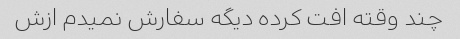
چند وقته افت کرده دیگه سفارش نمیدم ازش